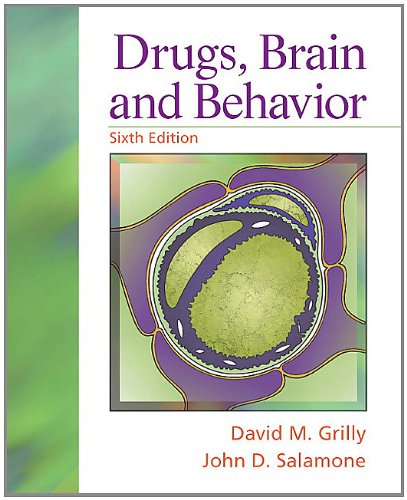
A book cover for Drugs, Brain, and Behavior (6th Edition); David M. Grilly; Medical Books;